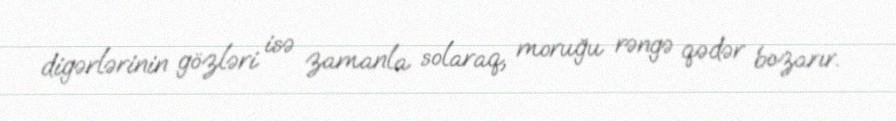
digərlərinin gözləri isə zamanla solaraq, moruğu rəngə qədər bozarır.